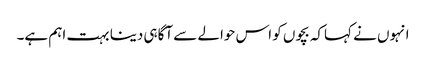
انہوں نے کہاکہ بچوں کو اس حوالے سے آگاہی دینا بہت اہم ہے۔